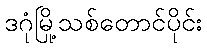
ဒဂုံမြို့သစ်တောင်ပိုင်း